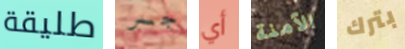
طليقة جسر أي الآمنة بترك